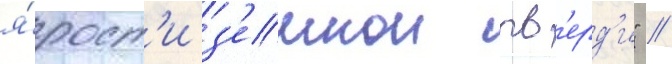
я́рост'и з'емнои тв'ерд'и" //